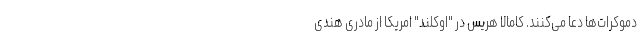
دموکرات‌ها دعا می‌کنند. کامالا هریس در "اوکلند" امریکا از مادری هندی